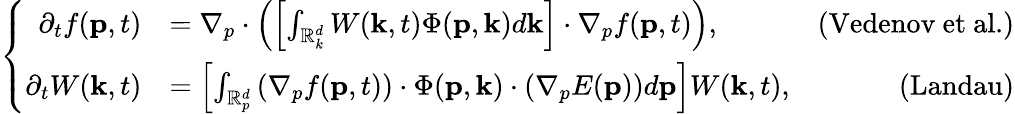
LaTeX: \left\{ \begin{array}{rlr}{\partial_{t}f(\mathbf{p},t)}&{=\nabla_{p}\cdot\left(\left[\int_{\mathbb{R}_{k}^{d}}W(\mathbf{k},t)\Phi(\mathbf{p},\mathbf{k})d\mathbf{k}\right]\cdot\nabla_{p}f(\mathbf{p},t)\right),}&{\mathrm{(Vedenov~et~al.})}\\ {\partial_{t}W(\mathbf{k},t)}&{=\left[\int_{\mathbb{R}_{p}^{d}}\left(\nabla_{p}f(\mathbf{p},t)\right)\cdot\Phi(\mathbf{p},\mathbf{k})\cdot\left(\nabla_{p}E(\mathbf{p})\right)d\mathbf{p}\right]W(\mathbf{k},t),}&{\mathrm{(Landau)}}\end{array}\right.